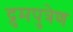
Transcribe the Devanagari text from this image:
द्रुमपुत्रेण